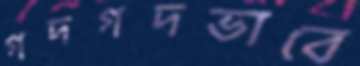
গদগদভাবে